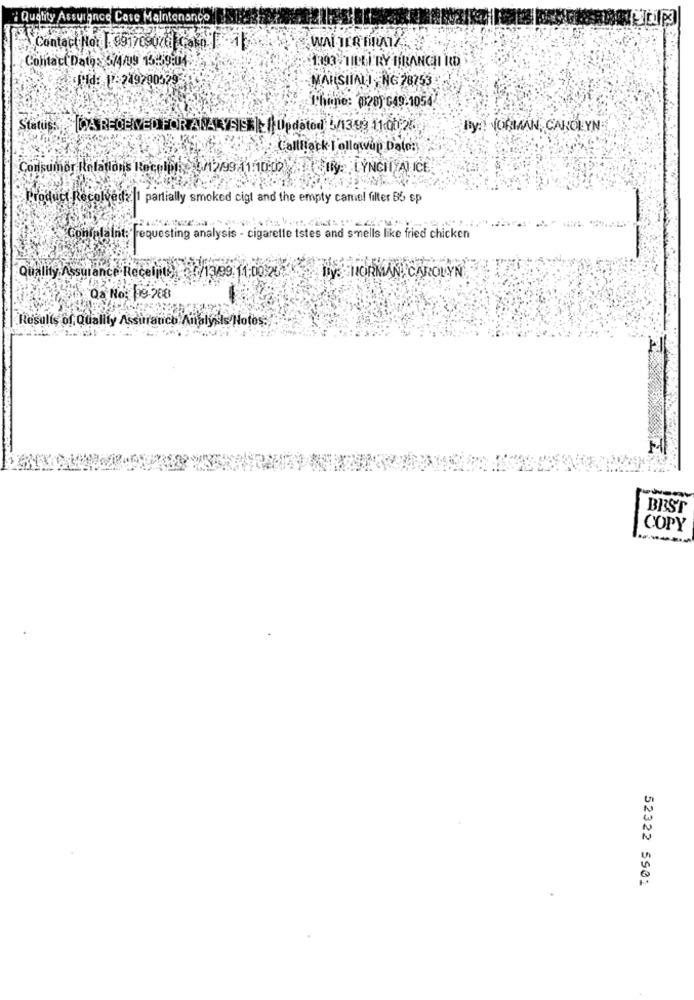
Quality Assurance Case Maintenance
Contact No: 1. 991709076 Cak0 1 1
WALTER FIRMAE
Contact Dato: 3/4/09 15:59:04
1393 TILLI RY BRANCH ID
dild: : 249790529
MAILSIIALING 78753
Phone: (28) G49.1054
Status: DA RECEIVED FOR ANA EIS | | Updated 5/1399 11:00 2!
By: [ORMAN, CAROLYN
Callfiack I'ollowup Date:
Consumer Italationis Recelphie 3/12/99 41/10:02 ty- LYNCH A) ICE
Product Recolvede 1 partially smoked cigt and the empty camel filter B5 sp
Contafaint: requesting analysis - cigarette tstes and smells like fried chicken
Quality Assurance Receipt 6/13/99:11:00:20.
LEY: NORMAN CAROLYN
Qa No: 09-708
Results of Quality Assurance Analysis Notes :,
BEST
COPY
52322 5901